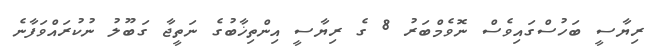
ރިޔާސީ ބަހުސްގައިވެސް ނޮވެމްބަރު 8 ގެ ރިޔާސީ އިންތިޚާބުގެ ނަތީޖާ ގަބޫލު ނުކުރައްވަފާނެ